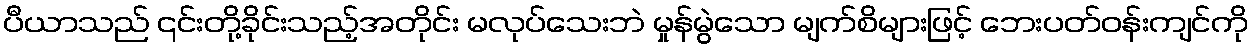
ပီယာသည် ၎င်းတို့ခိုင်းသည့်အတိုင်း မလုပ်သေးဘဲ မှုန်မွဲသော မျက်စိများဖြင့် ဘေးပတ်ဝန်းကျင်ကို